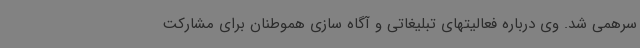
سرهمی شد. وی درباره فعالیتهای تبلیغاتی و آگاه سازی هموطنان برای مشارکت